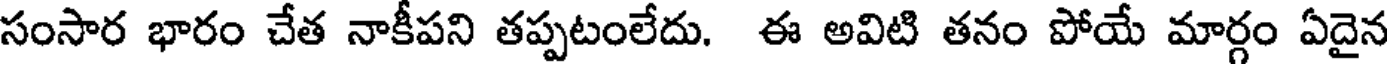
సంసార భారం చేత నాకీపని తప్పటంలేదు. ఈ అవిటి తనం పోయే మార్గం ఏదైన